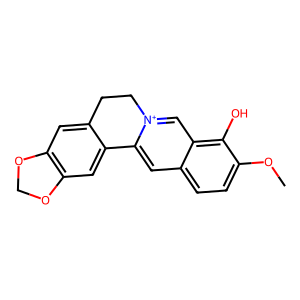
SMILES: COc1ccc2cc3[n+](cc2c1O)CCc1cc2c(cc1-3)OCO2
Inhibits HIV replication: No